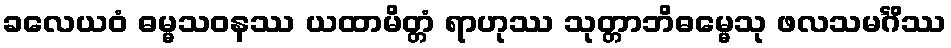
ခလေယဝံ ဓမ္မသဝနဿ ယထာမိတ္တံ ရာဟုဿ သုတ္တာဘိဓမ္မေသု ဖလသမင်္ဂိဿ